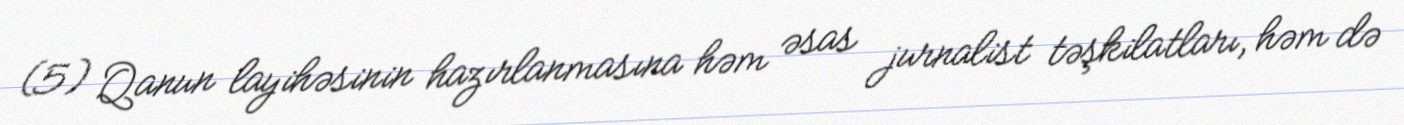
(5) Qanun layihəsinin hazırlanmasına həm əsas jurnalist təşkilatları, həm də